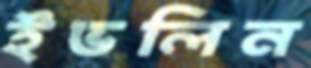
ইভলিন